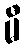
မီ